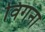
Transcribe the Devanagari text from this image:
विगना